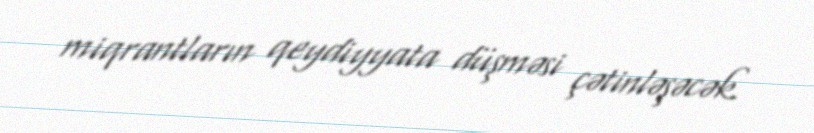
miqrantların qeydiyyata düşməsi çətinləşəcək.